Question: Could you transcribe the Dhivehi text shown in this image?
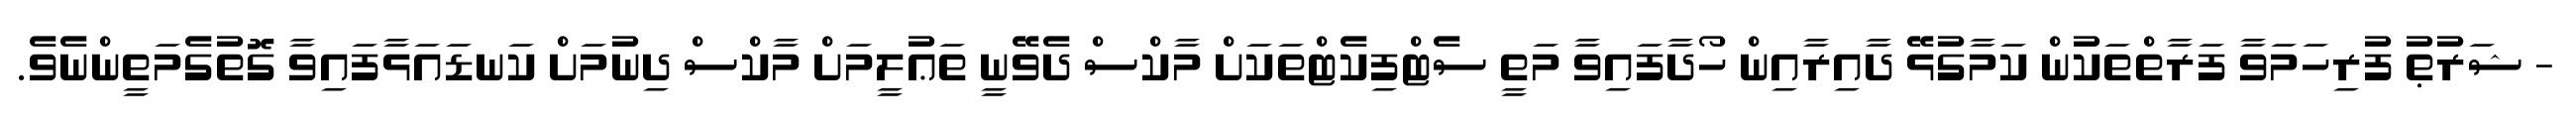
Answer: - ޝަރުޠު ފުރިހަމަވާ ފަރާތްތަކުން ކަމާގުޅޭ ދާއިރާއިން ހޯދާފައިވާ މަތީ ސެޓްފިކެޓްތަކަށް މާކްސް ދެވޭނީ ތަޢުލީމަށް މާކްސް ދިނުމަށް ކަނޑައަޅާފައިވާ ގޮތުގެމަތީންނެވެ.